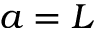
a = L